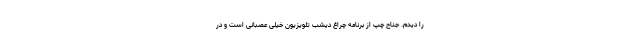
را دیدم. جناح چپ از برنامه چراغ دیشب تلویزیون خیلى عصبانى است و در